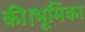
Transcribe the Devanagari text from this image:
की।भूमिका